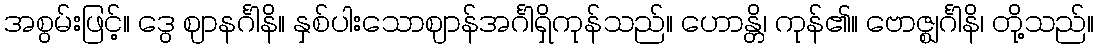
အစွမ်းဖြင့်။ ဒွေ ဈာနင်္ဂါနိ။ နှစ်ပါးသောဈာန်အင်္ဂါရှိကုန်သည်။ ဟောန္တိ၊ ကုန်၏။ ဗောဇ္ဈင်္ဂါနိ၊ တို့သည်။